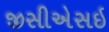
જીસીએસઇ